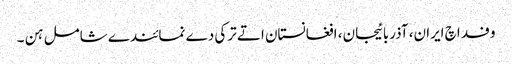
وفد اچ ایران، آذربائیجان، افغانستان اتے ترکی دے نمائندے شامل ہن ۔